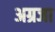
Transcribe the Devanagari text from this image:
अग्रजा